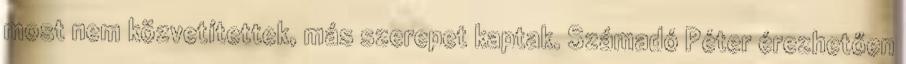
most nem közvetítettek, más szerepet kaptak. Számadó Péter érezhetően